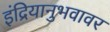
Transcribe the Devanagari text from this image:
इंद्रियानुभवावर